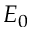
E _ { 0 }